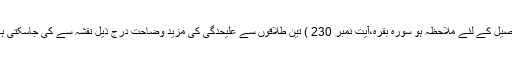
(تفصیل کے لئے ملاحظہ ہو سورہ بقرہ،آیت نمبر 230 ) تین طلاقوں سے علیحدگی کی مزید وضاحت درج ذیل نقشہ سے کی جاسکتی ہے۔